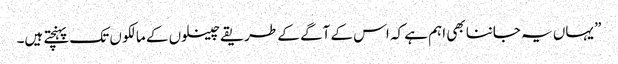
” یہاں یہ جاننا بھی اہم ہے کہ اس کے آگے کے طریقے چینلوں کے مالکو ں تک پہنچتے ہیں۔